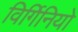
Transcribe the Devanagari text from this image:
विर्गिनियो